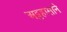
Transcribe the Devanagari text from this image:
अट्टहासाने